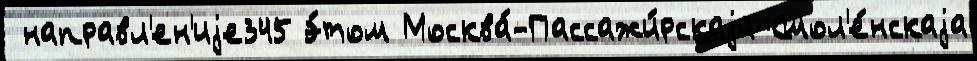
 направл'ен'иjе345 э́том Москва́-Пассажи́рскаjа-Смол'е́нскаjа